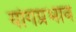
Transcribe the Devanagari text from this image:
योगप्रभाव